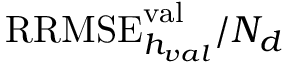
\mathrm { R R M S E } _ { h _ { v a l } } ^ { \mathrm { v a l } } / N _ { d }